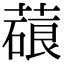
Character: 𦺫